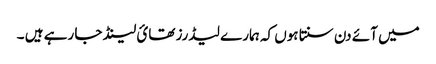
میں آئے دن سنتا ہوں کہ ہمارے لیڈرز تھائ لینڈ جا رہے ہیں ۔